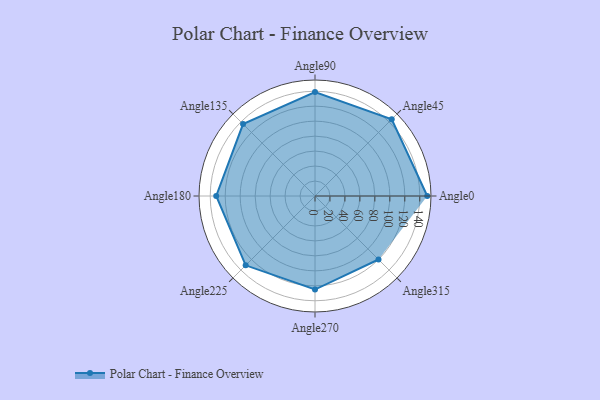
{"axis": {"x": "Angle", "y": "Radius"}, "legend": [""], "data": [{"x": "Angle0", "y": 150.0, "type": ""}, {"x": "Angle45", "y": 145.0, "type": ""}, {"x": "Angle90", "y": 139.0, "type": ""}, {"x": "Angle135", "y": 136.0, "type": ""}, {"x": "Angle180", "y": 132.0, "type": ""}, {"x": "Angle225", "y": 131.0, "type": ""}, {"x": "Angle270", "y": 125.0, "type": ""}, {"x": "Angle315", "y": 120.0, "type": ""}]}